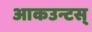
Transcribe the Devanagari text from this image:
आकउन्टस्